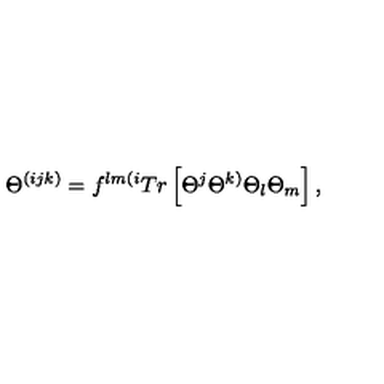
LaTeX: \Theta ^ { ( i j k ) } = f ^ { l m ( i } T r \left[ \Theta ^ { j } \Theta ^ { k ) } \Theta _ { l } \Theta _ { m } \right] ,